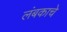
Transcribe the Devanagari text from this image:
लंबकाचे